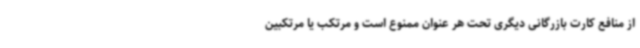
از منافع کارت بازرگانی دیگری تحت هر عنوان ممنوع است و مرتکب یا مرتکبین